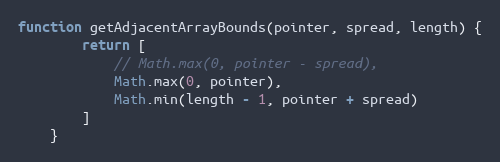
Language: JavaScript
function getAdjacentArrayBounds(pointer, spread, length) {
        return [
            // Math.max(0, pointer - spread),
            Math.max(0, pointer),
            Math.min(length - 1, pointer + spread)
        ]
    }